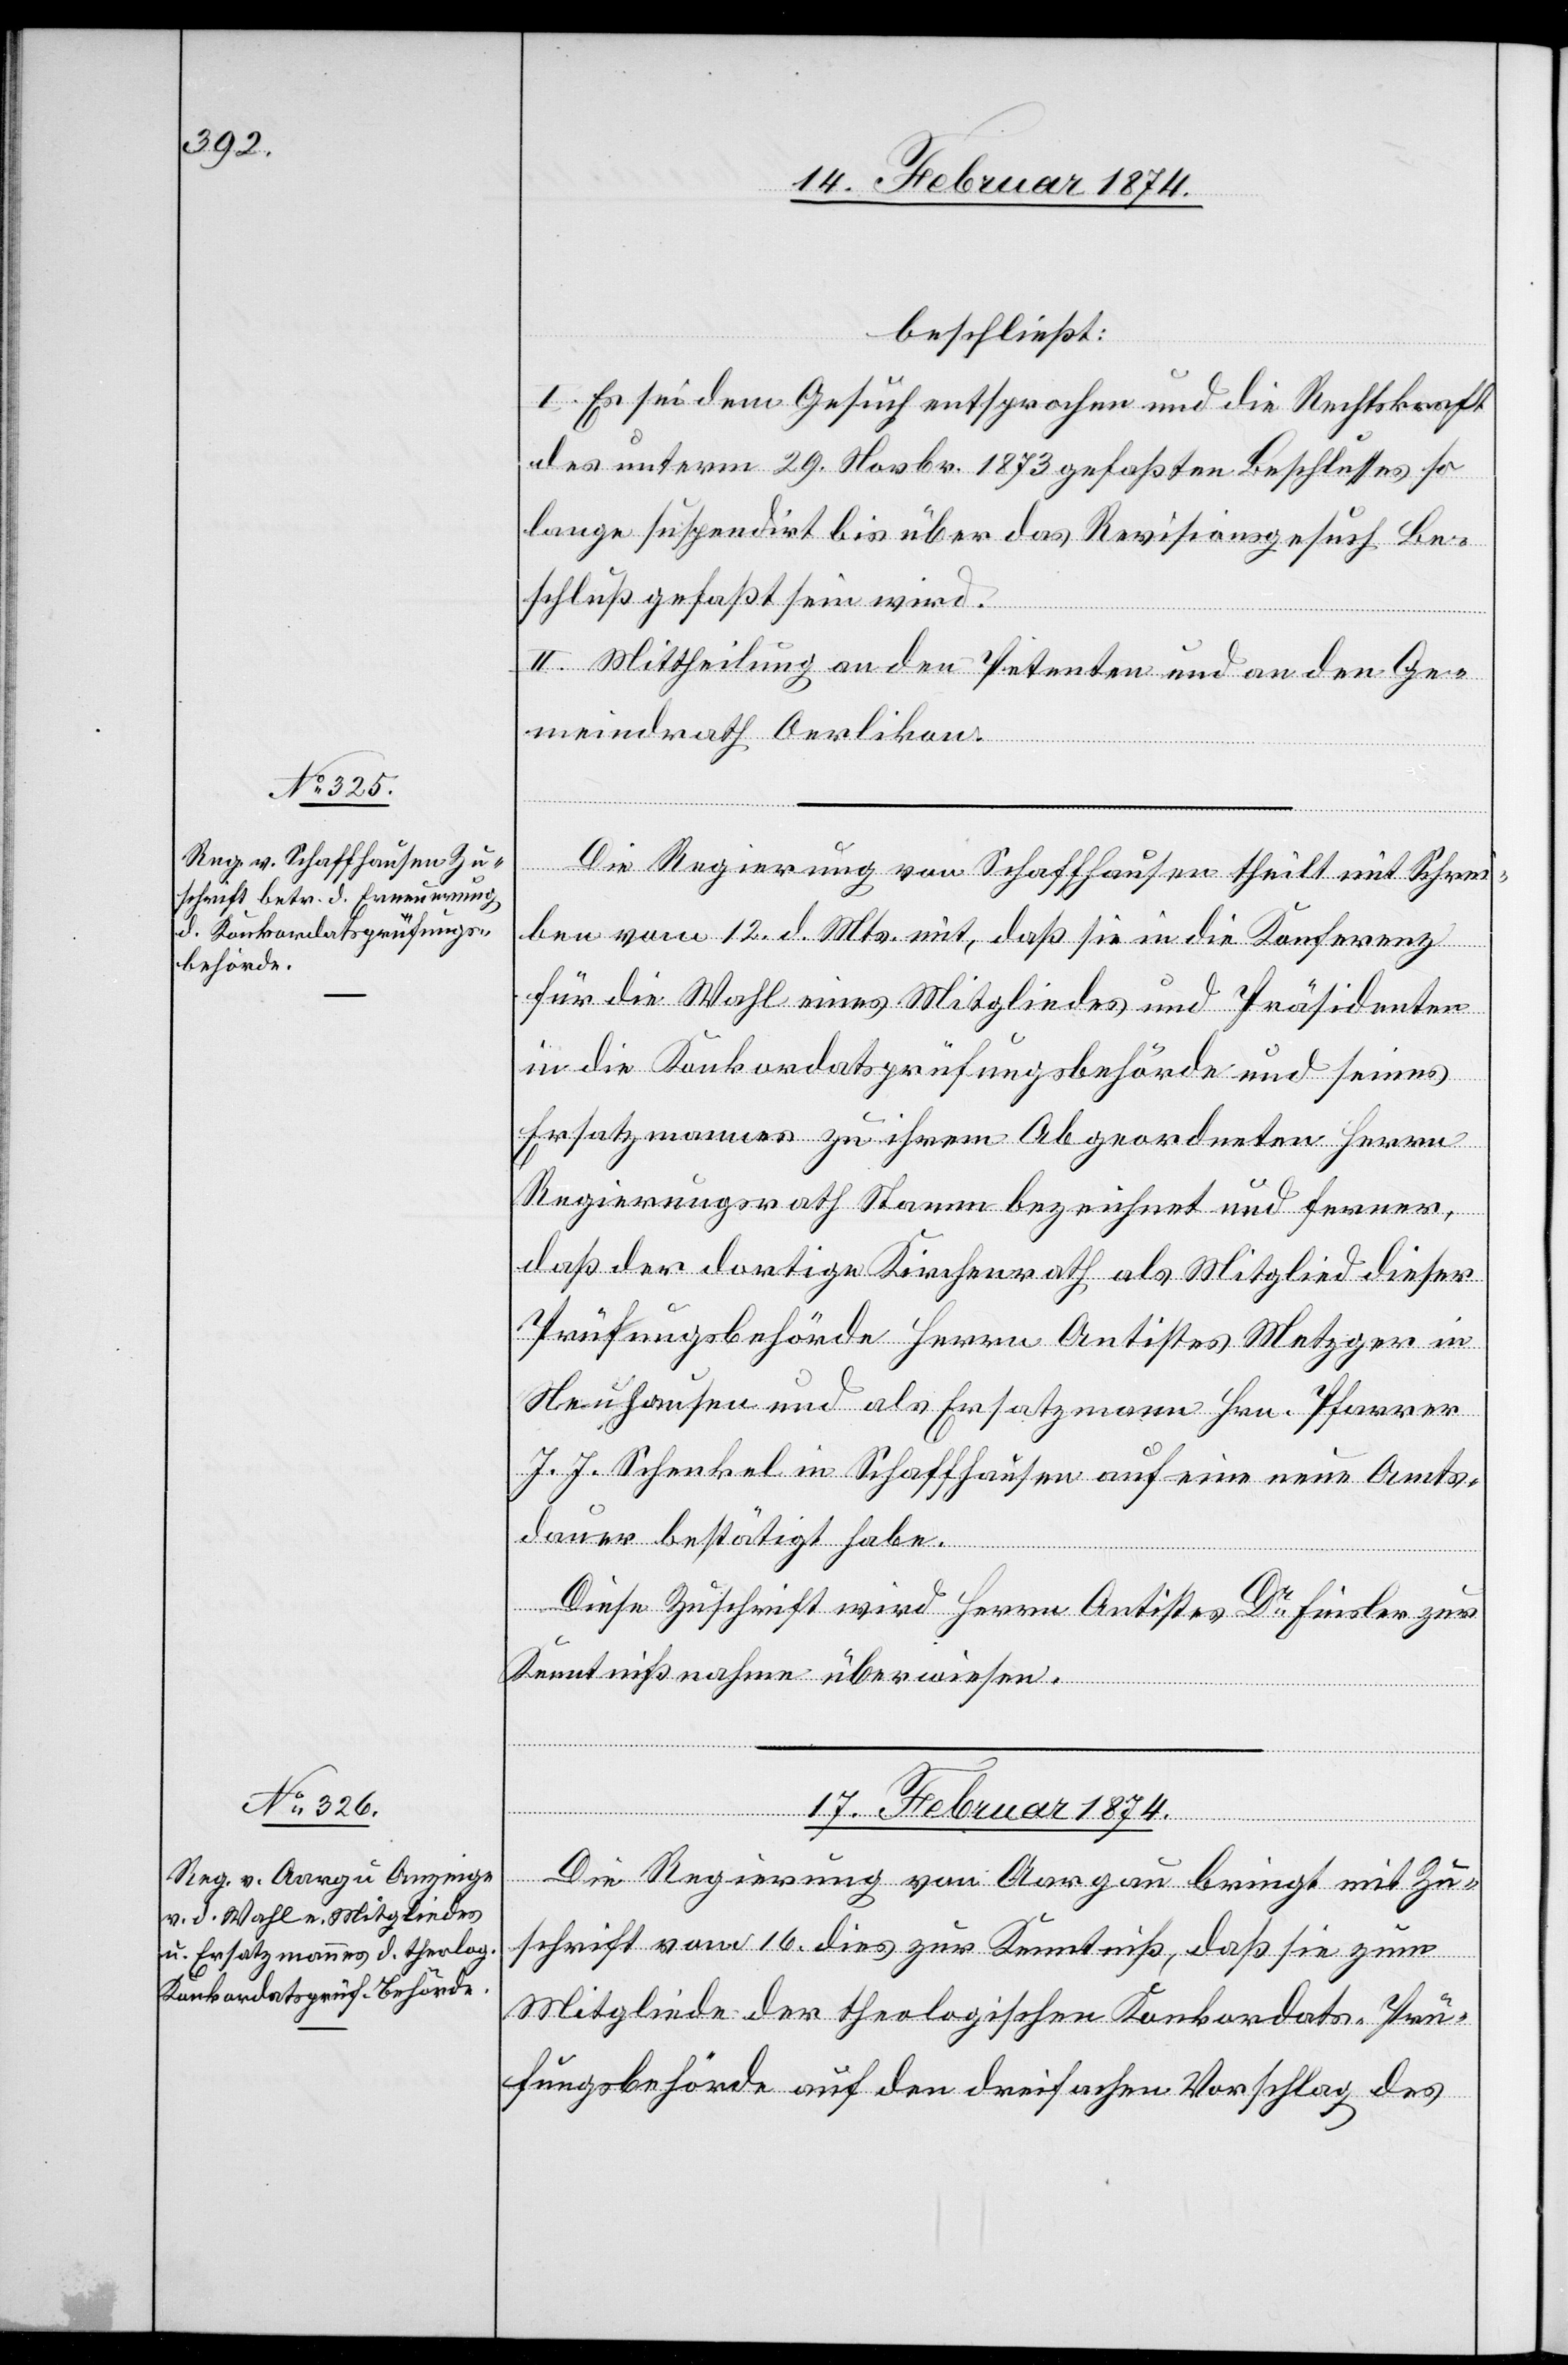
16. Februar 1874.]
beschließt:
I. Es sei dem Gesuch entsprochen und die Rechtskraft
des unterm 29. Novbr. 1873 gefaßten Beschlusses so
lange suspendirt bis über das Revisionsgesuch Be¬
schluß gefaßt sein wird.
II. Mittheilung an den Petenten und an den Ge¬
meindrath Oerlikon.
Die Regierung von Schaffhausen theilt mit Schrei¬
ben vom 12. d. Mts. mit, daß sie in die Konferenz
für die Wahl eines Mitgliedes und Präsidenten
in die Konkordatsprüfungsbehörde und seines
Ersatzmannes zu ihrem Abgeordneten Herrn
Regierungsrath Stamm bezeichnet und ferner,
daß der dortige Kirchenrath als Mitglied dieser
Prüfungsbehörde Herrn Antistes Metzger in
Neuhausen und als Ersatzmann Hrn. Pfarrer
J. J. Schenkel in Schaffhausen auf eine neue Amts¬
dauer bestätigt habe.
Diese Zuschrift wird Herrn Antistes Dr Finsler zur
Kenntnißnahme überwiesen.
17. Februar 1874.
Die Regierung von Aargau bringt mit Zu¬
schrift vom 16. dies zur Kenntniß, daß sie zum
Mitgliede der theologischen Konkordats-Prü¬
fungsbehörde auf den dreifachen Vorschlage des